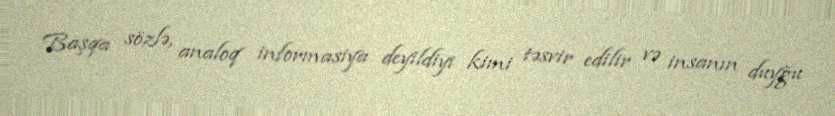
Başqa sözlə, analoq informasiya deyildiyi kimi təsvir edilir və insanın duyğu